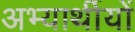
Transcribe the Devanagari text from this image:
अभ्यार्थीयों